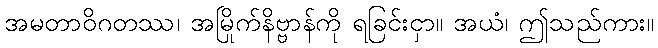
အမတာဝိဂတဿ၊ အမြိုက်နိဗ္ဗာန်ကို ရခြင်းငှာ။ အယံ၊ ဤသည်ကား။